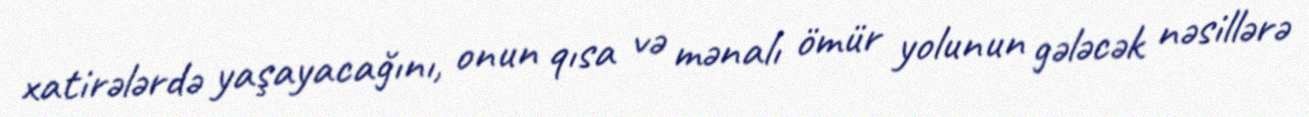
xatirələrdə yaşayacağını, onun qısa və mənalı ömür yolunun gələcək nəsillərə